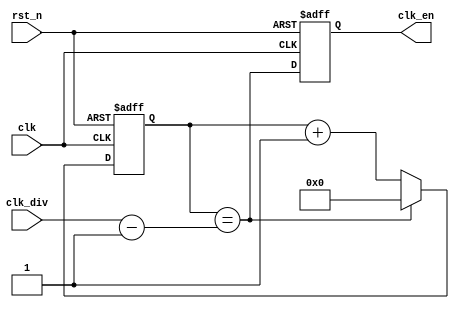
// This program was cloned from: https://github.com/flytt-away/FPGA-Video-Capture
// License: MIT License


//////////////////////////////////////////////////////////////////////////////
//
// Copyright (c) 2020 PANGO MICROSYSTEMS, INC
// ALL RIGHTS REVERVED.
//
// THE SOURCE CODE CONTAINED HEREIN IS PROPRIETARY TO PANGO MICROSYSTEMS, INC.
// IT SHALL NOT BE REPRODUCED OR DISCLOSED IN WHOLE OR IN PART OR USED BY
// PARTIES WITHOUT WRITTEN AUTHORIZATION FROM THE OWNER.
//
//////////////////////////////////////////////////////////////////////////////

`timescale 1ns/1ps

module ipsxb_clk_gen_32bit(
    input           clk,
    input           rst_n,

    input   [15:0]  clk_div,
    output  reg     clk_en  // divided from baud
);

reg     [15:0] cnt;

always @(posedge clk or negedge rst_n)
begin
    if(~rst_n)
        cnt <= 16'b0;
    else if(cnt == (clk_div - 16'd1))
        cnt <= 16'b0;
    else
        cnt <= cnt + 16'b1;
end

always @(posedge clk or negedge rst_n)
begin
    if(~rst_n)
        clk_en <= 1'b0;
    else
        clk_en <= cnt == (clk_div - 16'd1);
end


endmodule //pgr_clk_gen